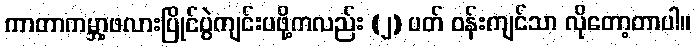
ကာတာကမ္ဘာ့ဖလားပြိုင်ပွဲကျင်းပဖို့ကလည်း (၂) ပတ် ဝန်းကျင်သာ လိုတော့တာပါ။